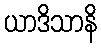
ယာဒိသာနိ